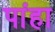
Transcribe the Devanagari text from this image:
पांहा